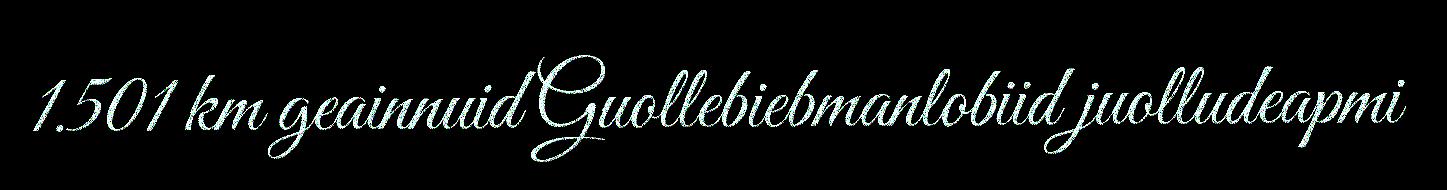
1.501 km geainnuid Guollebiebmanlobiid juolludeapmi